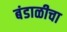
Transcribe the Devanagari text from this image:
बंडाळीचा